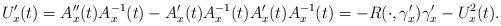
LaTeX: \begin{align*}U_x'(t)= A_x''(t) A^{-1}_x(t)- A_x'(t)A^{-1}_x(t)A_x'(t)A_x^{-1}(t)= -{ R}(\cdot, \gamma_x')\gamma_x'- U_x^2(t).\end{align*}